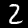
Label: 2